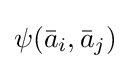
\psi ({\bar {a}}_{i},{\bar {a}}_{j})